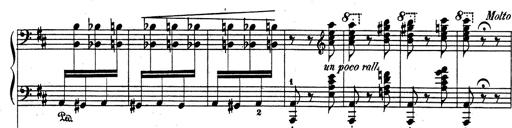
Title: Rhapsodie espagnole
Composer: Franz Liszt